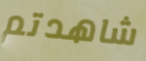
شاهدتم